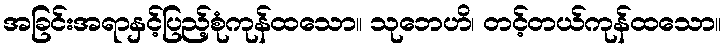
အခြင်းအရာနှင့်ပြည့်စုံကုန်ထသော။ သုဘေဟိ၊ တင့်တယ်ကုန်ထသော။